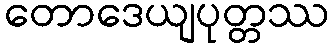
တောဒေယျပုတ္တဿ